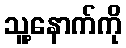
သူ့နောက်ကို